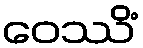
ဝေဿိံ